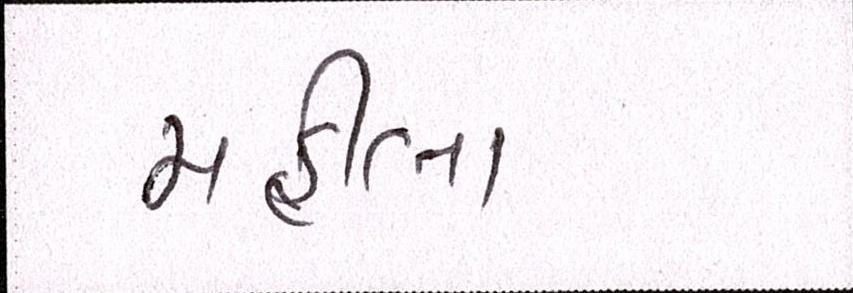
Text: મહીલા